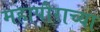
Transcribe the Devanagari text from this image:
महापौराच्या